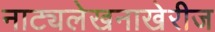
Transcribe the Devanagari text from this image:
नाट्यलेखनाखेरीज